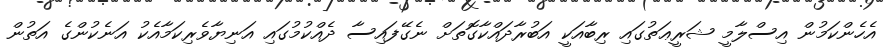
އެހެންކަމުން އިސްލާމީ ޝަރީޢަތުގައި ރިބާއަކީ އަބުރާދައްކާގޮތަށް ނެގޭފައިސާ ދެއްކުމުގައި އަނިޔާވެރިކަމާއެކު އަނެކުންގެ އަތުން